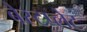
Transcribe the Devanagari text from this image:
बेस्टप्लेट